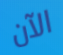
الآن